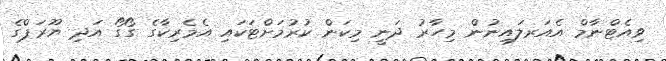
ވިއެޓްނާމް އެއަރލައިނުން މިހާރު ދަނީ މިކަން ކުރުމަށްޓަކައި އެމެރިކާގެ ގޯގޯ އަދި ޔޫރަޕްގެ